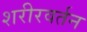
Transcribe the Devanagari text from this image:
शरीरवर्तन